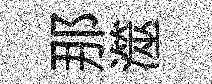
那澨